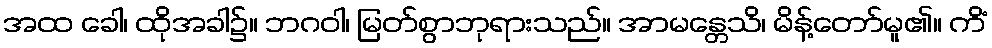
အထ ခေါ၊ ထိုအခါ၌။ ဘဂဝါ၊ မြတ်စွာဘုရားသည်။ အာမန္တေသိ၊ မိန့်တော်မူ၏။ ကိံ